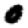
Digit: 0